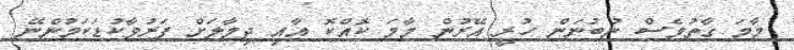
މާމަ ގާތުވެސް ނުބުނަން ހުރީ އޭރުން މާމަ ކޮއްކޮ އާއި ދިމާލަށް ފަރުވާކުޑަކަމުންނޭ